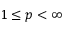
1 \leq p < \infty